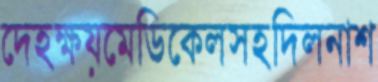
দেহক্ষয়মেডিকেলসহদিলনাশ